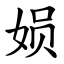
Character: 㛣